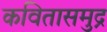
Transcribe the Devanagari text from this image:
कवितासमुद्र